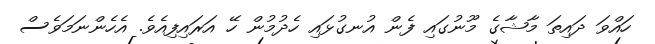
ހައްވަ ދައިތަ މާޝާގެ މޫނުގައި ފެން އުނގުޅައި ހެދުމުން ހޭ އަރައިފިއެވެ. އެހެންނަމަވެސް